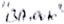
Text: "BA.auto"